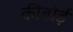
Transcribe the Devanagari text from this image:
कीबोर्ड़